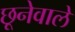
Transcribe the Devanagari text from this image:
छूनेवाले